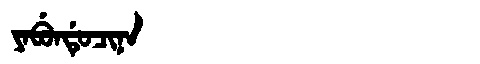
Manchu: ᠶᠠᠪᡠᠨᡩᡠᠴᡳᠨᠠ
Romanization: YABUNDUCINA